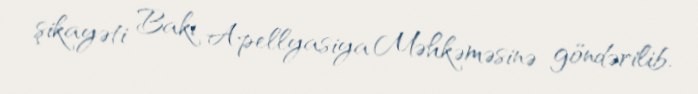
şikayəti Bakı Apellyasiya Məhkəməsinə göndərilib.